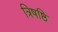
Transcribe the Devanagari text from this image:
त्रिषष्ठि